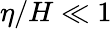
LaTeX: \eta/H\ll 1